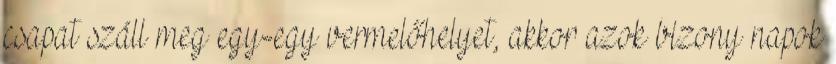
csapat száll meg egy-egy vermelőhelyet, akkor azok bizony napok